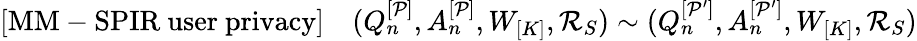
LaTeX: \begin{array}{r}{\mathrm{[MM-SPIR~user~privacy]}\quad(Q_{n}^{[\mathcal{P}]},A_{n}^{[\mathcal{P}]},W_{[K]},\mathcal{R}_{S})\sim(Q_{n}^{[\mathcal{P}^{\prime}]},A_{n}^{[\mathcal{P}^{\prime}]},W_{[K]},\mathcal{R}_{S})}\end{array}